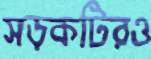
সড়কটিরও